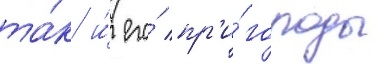
та́к и́ его́ пр'и́городы